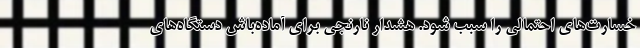
خسارت‌های احتمالی را سبب شود. هشدار نارنجی برای آماده‌باش دستگاه‌های